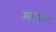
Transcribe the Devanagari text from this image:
माहार